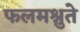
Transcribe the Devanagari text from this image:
फलमश्नुते